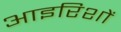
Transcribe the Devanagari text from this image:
आइरिशों